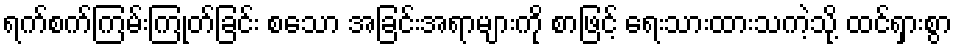
ရက်စက်ကြမ်းကြုတ်ခြင်း စသော အခြင်းအရာများကို စာဖြင့် ရေးသားထားသကဲ့သို့ ထင်ရှားစွာ